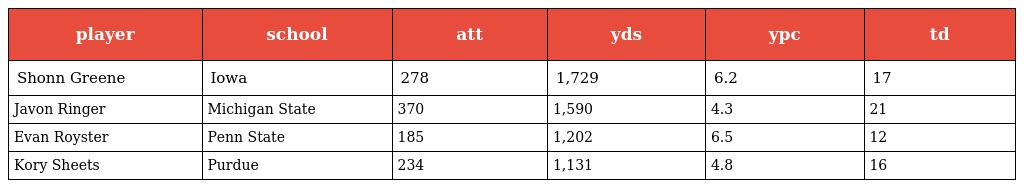
| player | school | att | yds | ypc | td |
 | --- | --- | --- | --- | --- | --- |
 | Shonn Greene | Iowa | 278 | 1,729 | 6.2 | 17 |
 | Javon Ringer | Michigan State | 370 | 1,590 | 4.3 | 21 |
 | Evan Royster | Penn State | 185 | 1,202 | 6.5 | 12 |
 | Kory Sheets | Purdue | 234 | 1,131 | 4.8 | 16 |